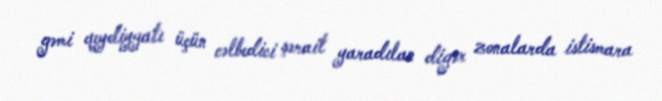
gəmi qeydiyyatı üçün cəlbedici şərait yaradılan digər zonalarda istismara